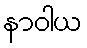
နာဝါယ